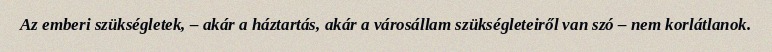
Az emberi szükségletek, – akár a háztartás, akár a városállam szükségleteiről van szó – nem korlátlanok.